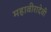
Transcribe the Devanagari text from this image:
महावीरादेवी